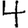
Digit: 4